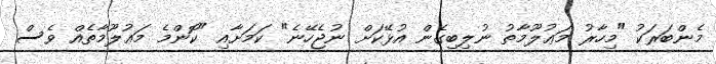
މެންބަރަކު "މިހާރު މަޢުލޫމާތު ނުލިބިގެން އުޅޭކަށް ނުޖެހޭނެ" ކަމަށާއި "ކޮންމެ މަޢުލޫމާތެއް ވެސް